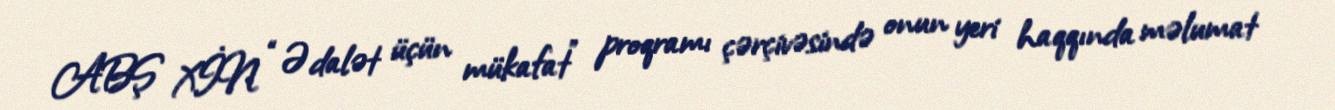
ABŞ XİN “Ədalət üçün mükafat” proqramı çərçivəsində onun yeri haqqında məlumat